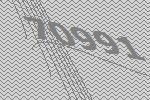
70991